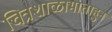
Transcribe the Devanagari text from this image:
चित्रशाळामाताहुन